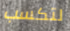
لتكسب